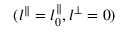
( l ^ { \parallel } = l _ { 0 } ^ { \parallel } , l ^ { \perp } = 0 )